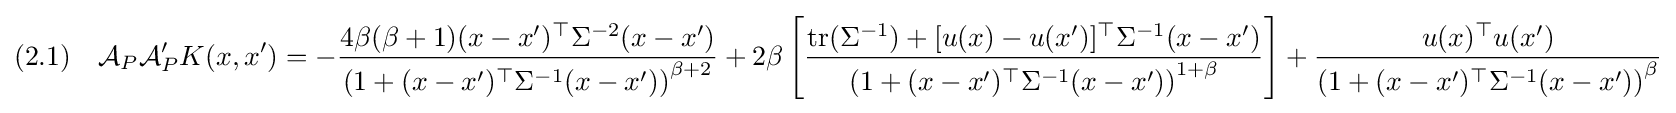
(2.1)\quad {\mathcal {A}}_{P}{\mathcal {A}}_{P}'K(x,x')=-{\frac {4\beta (\beta +1)(x-x')^{\top }\Sigma ^{-2}(x-x')}{\left(1+(x-x')^{\top }\Sigma ^{-1}(x-x')\right)^{\beta +2}}}+2\beta \left[{\frac {{\text{tr}}(\Sigma ^{-1})+[u(x)-u(x')]^{\top }\Sigma ^{-1}(x-x')}{\left(1+(x-x')^{\top }\Sigma ^{-1}(x-x')\right)^{1+\beta }}}\right]+{\frac {u(x)^{\top }u(x')}{\left(1+(x-x')^{\top }\Sigma ^{-1}(x-x')\right)^{\beta }}}